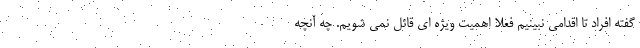
گفته افراد تا اقدامی نبینیم فعلا اهمیت ویژه ای قائل نمی شویم. چه آنچه